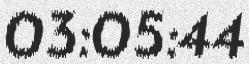
03:05:44